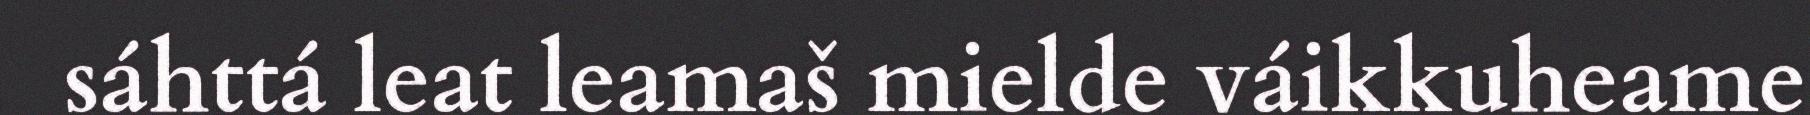
sáhttá leat leamaš mielde váikkuheame